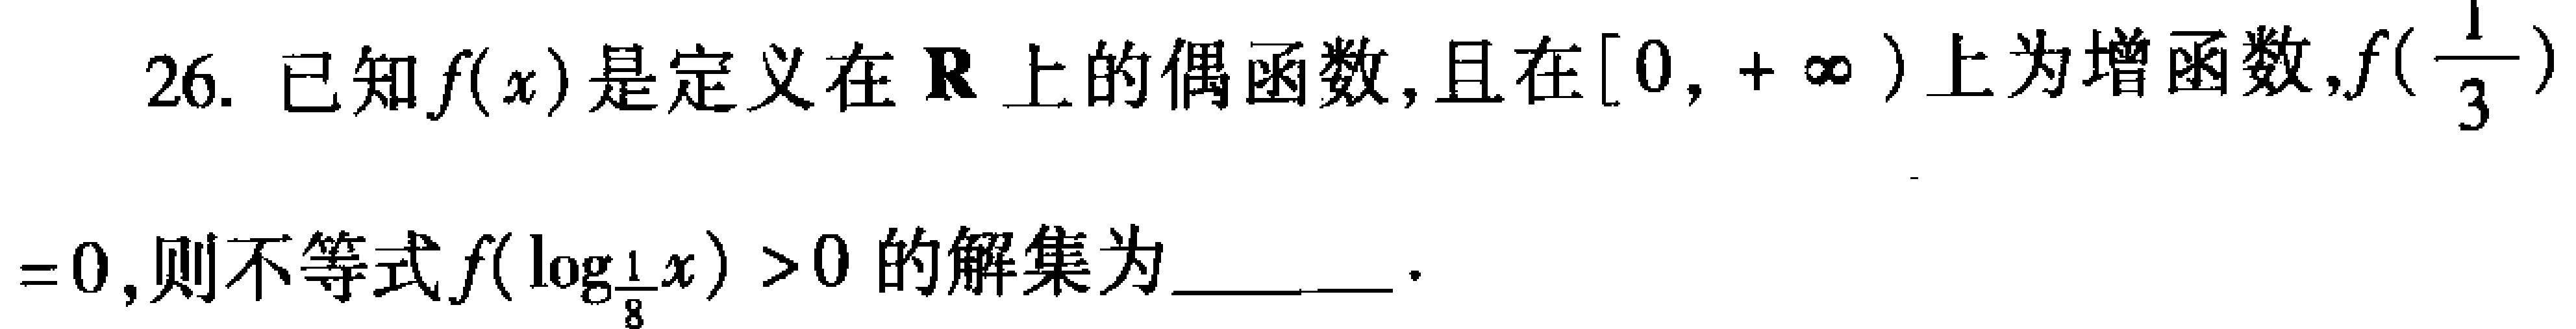
已知\(f(x)\)是定义在\(\mathbf{R}\)上的偶函数，且在\([0,+\infty)\)上为增函数，\(f(\frac{1}{3})\)

\( = 0\)，则不等式\(f(\log_{\frac{1}{8}}x)>0\)的解集为  。